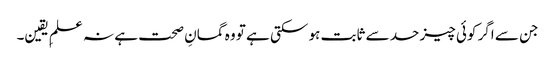
جن سے اگر کوئی چیز حد سے ثابت ہو سکتی ہے تو وہ گمانِ صحت ہے نہ علمِ یقین۔